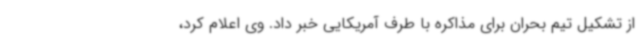
از تشکیل تیم بحران برای مذاکره با طرف آمریکایی خبر داد. وی اعلام کرد،